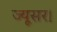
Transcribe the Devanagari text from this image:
ज्यूसर।